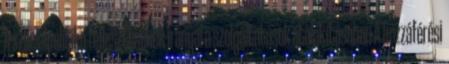
A szociálpolitika fejlesztésének irányai a szolgáltatások átalakításában A hozzáférési